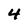
Character: 4